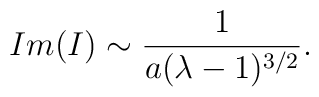
Im(I) \sim {1 \over a( \lambda - 1 )^{3/ 2}}.